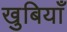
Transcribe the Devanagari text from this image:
खुबियाँ